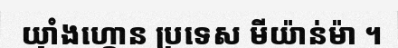
យ៉ាំងហ្គោន ប្រទេស មីយ៉ាន់ម៉ា ។